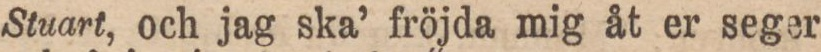
Stuart, och jag ska’ fröjda mig åt er seger